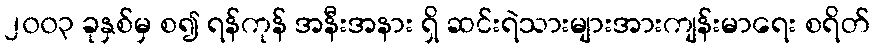
၂၀၀၃ ခုနှစ်မှ စ၍ ရန်ကုန် အနီးအနား ရှိ ဆင်းရဲသားများအားကျန်းမာရေး စရိတ်